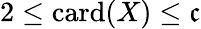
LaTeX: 2\leq\mathrm{card}(X)\leq{\mathfrak{c}}